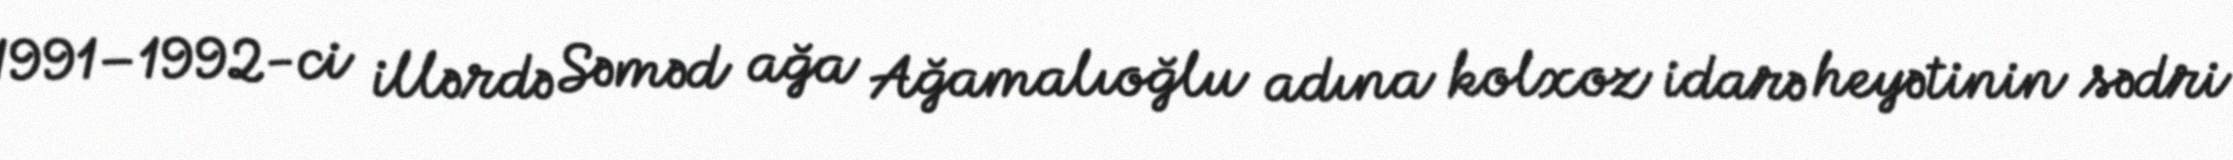
1991–1992-ci illərdə Səməd ağa Ağamalıoğlu adına kolxoz idarə heyətinin sədri